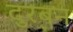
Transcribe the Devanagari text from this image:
दुरबन